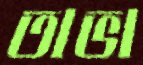
তাভা